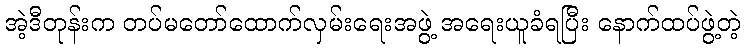
အဲ့ဒီတုန်းက တပ်မတော်ထောက်လှမ်းရေးအဖွဲ့ အရေးယူခံရပြီး နောက်ထပ်ဖွဲ့တဲ့